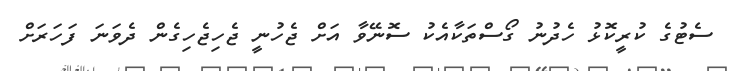
ސެޓުގެ ކުރީކޮޅު ހެދުނު ގޯސްތަކާއެކު ސޮނޭވާ އަށް ޖެހުނީ ޖެހިޖެހިގެން ދެވަނަ ފަހަރަށް